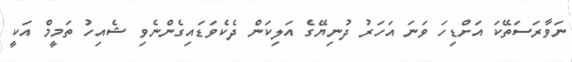
ނަވާރަސަތޭކަ އަށްޑިހަ ވަނަ އަހަރު ދުނިޔޭގެ އަލިކަން ދެކެވަޑައިގެންނެވި ޝެއިހު ތަމީމް އަކީ